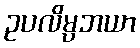
ဥပလိမ္ပဘယာ